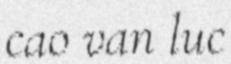
cao van luc